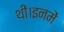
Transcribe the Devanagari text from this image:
थीं।इनमें